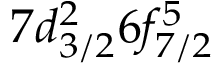
7 d _ { 3 / 2 } ^ { 2 } 6 f _ { 7 / 2 } ^ { 5 }